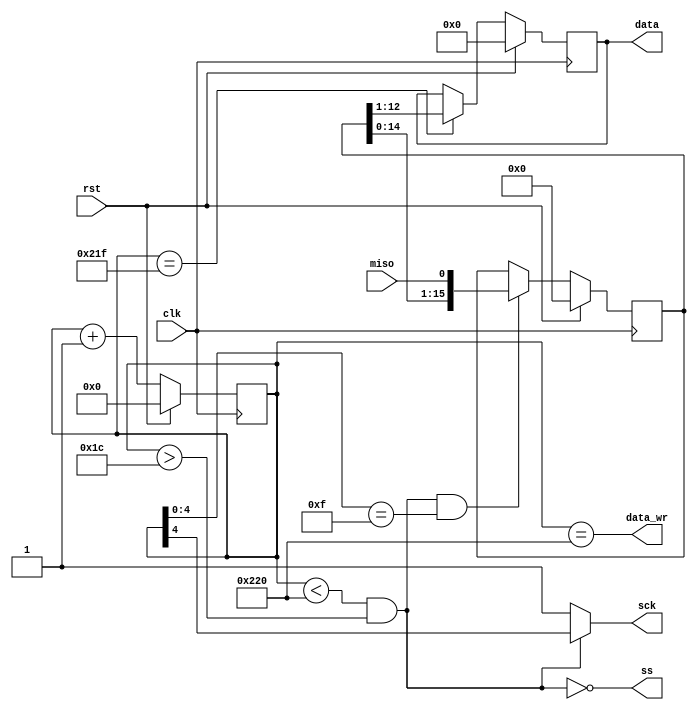
/********************************************************************/
/*                                                                  */
/* SPI master vevo a PmodMIC3 panelen talalhato Texas Instruments   */
/* ADCS7476 A/D konverterhez. A mintaveteli frekvencia 48 kHz.      */
/* Miden konverzio veget a data_wr vonalon egy 1 orajel szeles      */
/* impulzus jelzi.                                                  */
/*                                                                  */
/********************************************************************/

`timescale 1ns / 1ps

module pmodmic3(
	input clk, //98.304 MHz
	input rst,
	output sck,
	output ss,
	input miso,
	output reg[11:0] data,
	output data_wr
);

	/* SPI orajel: 3.072 MHz */
	reg[10:0] cntr;
	always@(posedge clk)
		cntr<=rst?(11'd0):(cntr+1'b1);
	assign sck=ss?1'b1:cntr[4];

	/* Slave Select jel */
	assign ss=~((cntr<544)&(cntr>28));

	/* SCK felfuto ele */
	wire sck_rise=(cntr[4:0]==5'b01111);

	/* a MISO vonal mintavetelezese */
	reg[15:0] shr;
	always@(posedge clk)
		if(rst)
			shr<=16'd0;
		else if((~ss)&sck_rise)
			shr<={shr[14:0],miso};

	/* vetel kesz, adat kiadasa */
	always@(posedge clk)
		if(rst)
			data<=12'd0;
		else if(cntr==543)
			data<=shr[12:1];
	
	/* beiro impulzus kiadasa */
	assign data_wr=(cntr==544);

endmodule